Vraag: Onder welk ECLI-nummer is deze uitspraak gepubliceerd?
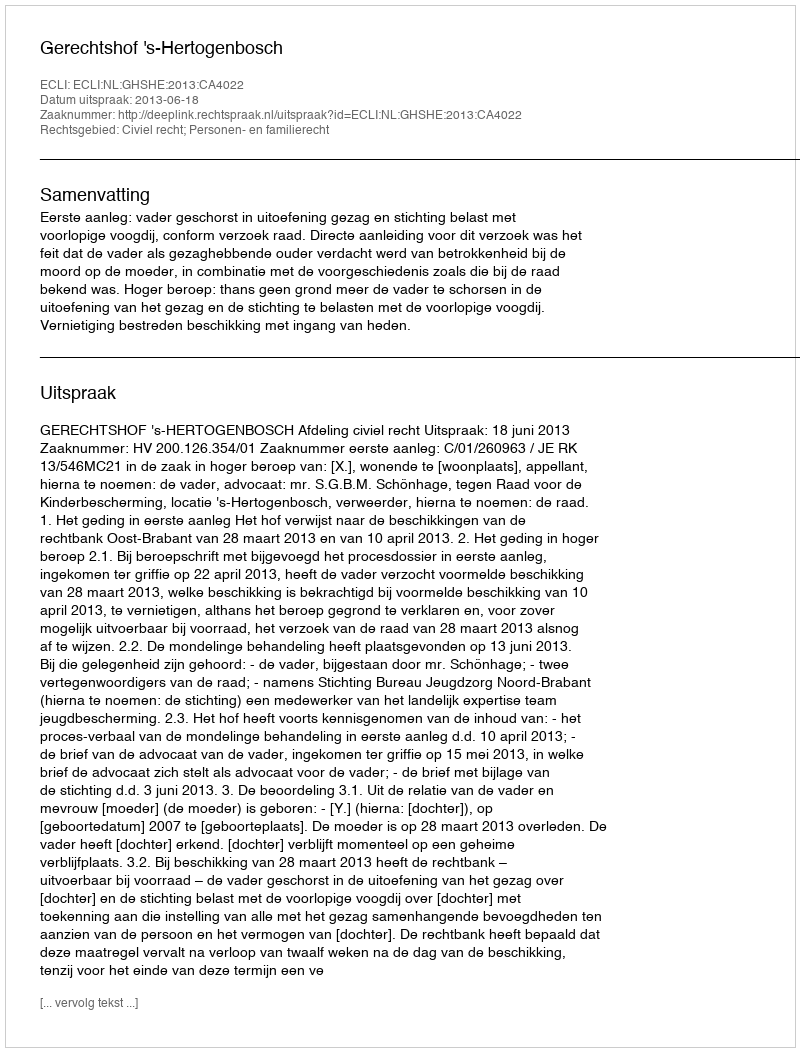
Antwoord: ECLI:NL:GHSHE:2013:CA4022